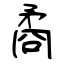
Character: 矞